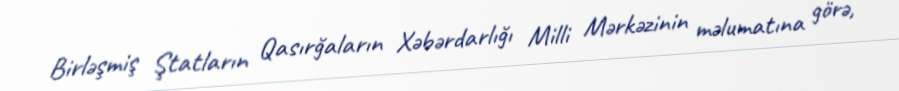
Birləşmiş Ştatların Qasırğaların Xəbərdarlığı Milli Mərkəzinin məlumatına görə,